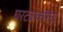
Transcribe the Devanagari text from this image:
घरट्याकरिता